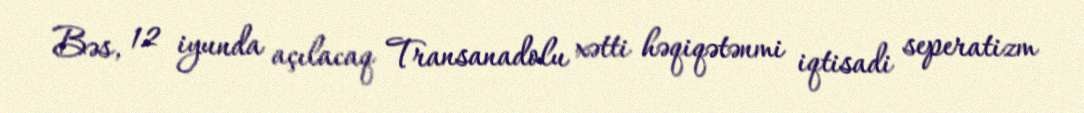
Bəs, 12 iyunda açılacaq Transanadolu xətti həqiqətənmi iqtisadi seperatizm